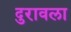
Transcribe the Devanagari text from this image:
दुरावला